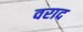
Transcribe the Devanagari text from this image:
वराद